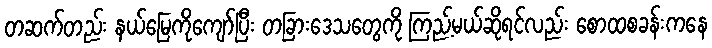
တဆက်တည်း နယ်မြေကိုကျော်ပြီး တခြားဒေသတွေကို ကြည့်မယ်ဆိုရင်လည်း စောထစခန်းကနေ